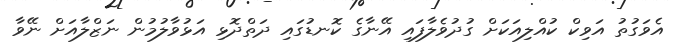
އެވަގުތު އަވިކް ކުއްލިއަކަށް ގުދުވެލާފައި އޭނާގެ ކޮނޑުގައި ދަތްދޮޅި އަޅުވާލުމުން ނަޒްލާއަށް ނޭވާ